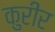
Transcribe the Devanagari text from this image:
कुरीर